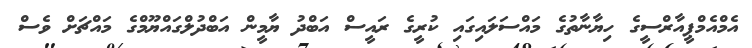
އެމްއެމްޕީއާރްސީގެ ހިޔާނާތުގެ މައްސަލައިގައި ކުރީގެ ރައީސް އަބްދު ޔާމީން އަބްދުލްގައްޔޫމްގެ މައްޗަށް ވެސް